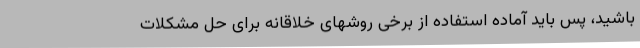
باشید، پس باید آماده استفاده از برخی روشهای خلاقانه برای حل مشکلات